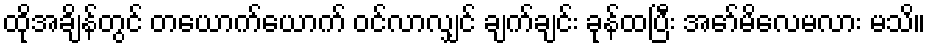
ထိုအချိန်တွင် တယောက်ယောက် ဝင်လာလျှင် ချက်ချင်း ခုန်ထပြီး အော်မိလေမလား မသိ။